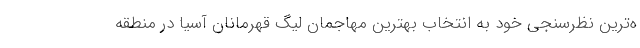
ه‌ترین نظرسنجی خود به انتخاب بهترین مهاجمان لیگ قهرمانان آسیا در منطقه